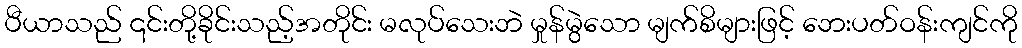
ပီယာသည် ၎င်းတို့ခိုင်းသည့်အတိုင်း မလုပ်သေးဘဲ မှုန်မွဲသော မျက်စိများဖြင့် ဘေးပတ်ဝန်းကျင်ကို